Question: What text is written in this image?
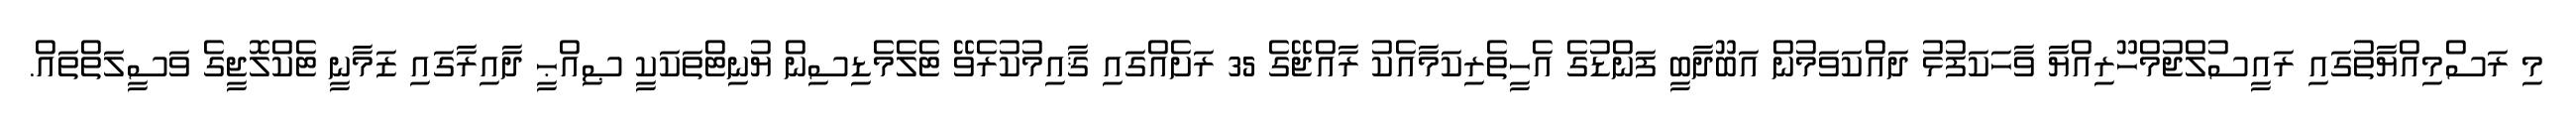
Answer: މި ރަސްމިއްޔާތުގައި ރައީސުލްޖުމްހޫރިއްޔާ ވާހަކަފުޅު ދައްކަވަމުން އަބޫދާބީ ފަންޑުގެ އެހީތެރިކަމާއެކު ރާއްޖޭގެ 35 ރަށެއްގައި ޤާއިމުކުރެވޭ ޓެލެމެޑިސިން ޔުނިޓްތަކަކީ ޞިއްޙީ ދާއިރާގައި ޒަމާނީ ޓެކްލޮޖީގެ ވަސީލަތްތައް.